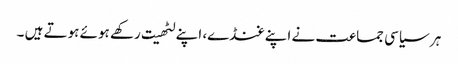
ہر سیاسی جماعت نے اپنے غنڈے، اپنے لٹھیت رکھے ہوئے ہوتے ہیں ۔